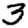
Digit: 3